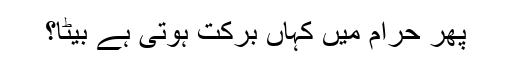
پھر حرام میں کہاں برکت ہوتی ہے بیٹا؟